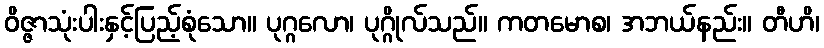
ဝိဇ္ဇာသုံးပါးနှင့်ပြည့်စုံသော။ ပုဂ္ဂလော၊ ပုဂ္ဂိုလ်သည်။ ကတမောစ၊ အဘယ်နည်း။ တီဟိ၊